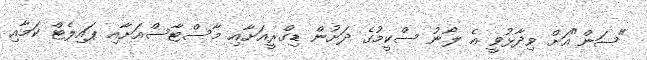
"ސަން"އަށް ވިދާޅުވީ އެ ލޯނު ސްކީމުގެ ދަށުން ޑިގްރީއަށާއި މާސްޓާސްއަށާއި ޕައިލެޓް ކަމާއި